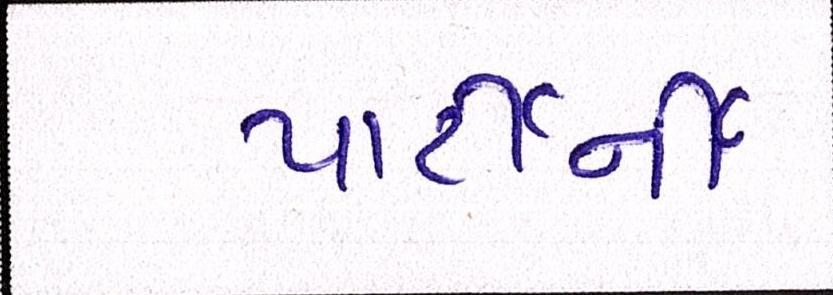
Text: પાર્ટીની